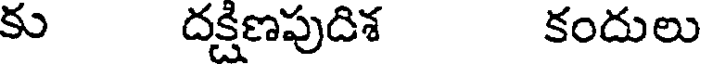
కు దక్షిణపుదిశ కందులు